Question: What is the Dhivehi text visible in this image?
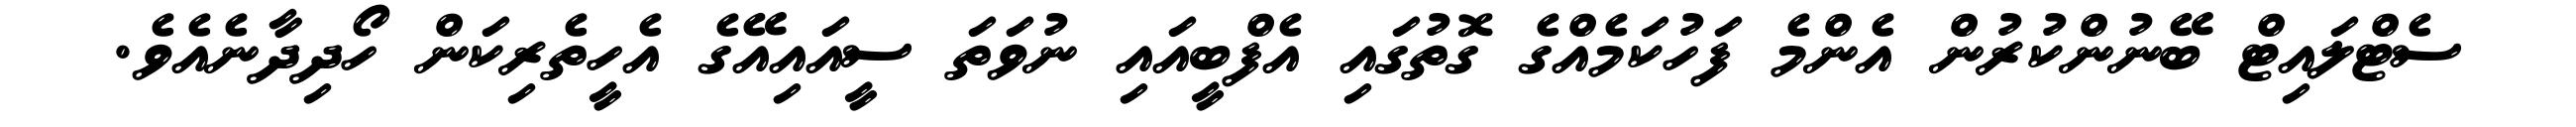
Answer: ސެޓްލައިޓް ބޭނުންކުރުން އެންމެ ފަހުކަމެއްގެ ގޮތުގައި އެފްބީއައި ނުވަތަ ސީއައިއޭގެ އެހީތެރިކަން ހޯދިދާނެއެވެ.